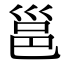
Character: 邕